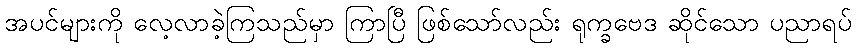
အပင်များကို လေ့လာခဲ့ကြသည်မှာ ကြာပြီ ဖြစ်သော်လည်း ရုက္ခဗေဒ ဆိုင်သော ပညာရပ်